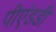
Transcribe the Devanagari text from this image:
पीएंडडी